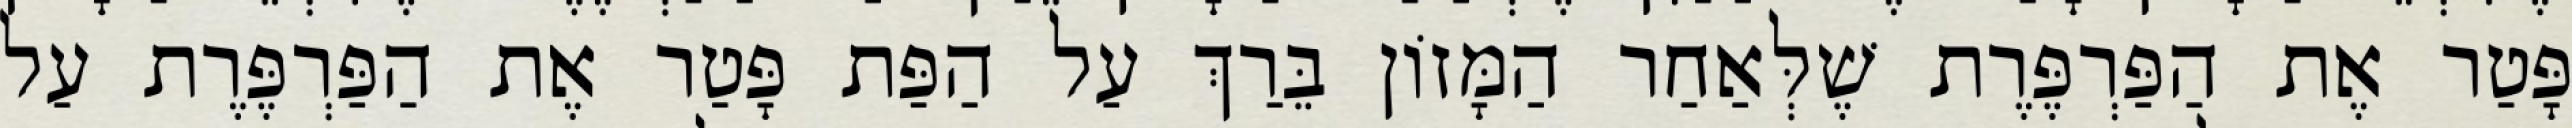
פָּטַר אֶת הַפַּרְפֶּרֶת שֶׁלְּאַחַר הַמָּזוֹן בֵּרַךְ עַל הַפַּת פָּטַר אֶת הַפַּרְפֶּרֶת עַל